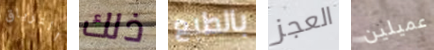
الترياق ذلك بالطبع العجز عميلين